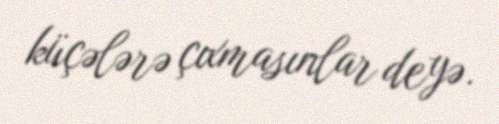
küçələrə çıxmasınlar deyə.